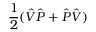
\frac { 1 } { 2 } ( \hat { V } \hat { P } + \hat { P } \hat { V } )